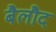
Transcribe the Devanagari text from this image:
बैलौद